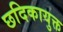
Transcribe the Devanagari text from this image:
छदिकायुक्त